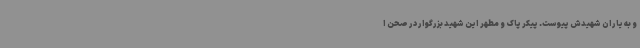
و به یاران شهیدش پیوست. پیکر پاک و مطهر این شهید بزرگوار در صحن ا